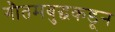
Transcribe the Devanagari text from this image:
गौतमबुद्धकडून